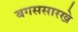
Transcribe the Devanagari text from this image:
बगससारखे